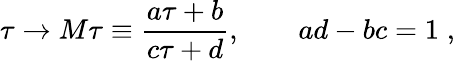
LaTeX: \tau\rightarrow M\tau\equiv\frac{a\tau+b}{c\tau+d},\quad\quad ad-bc=1\; ,